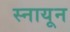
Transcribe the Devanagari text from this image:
स्नायून